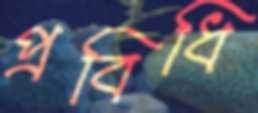
প্রবিধি